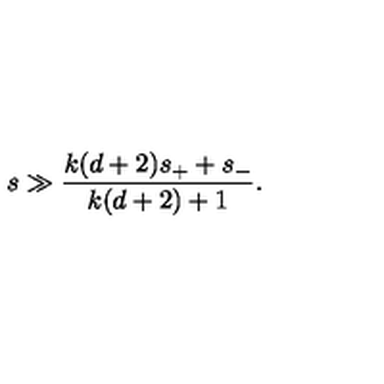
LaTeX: s \gg { \frac { k ( d + 2 ) s _ { + } + s _ { - } } { k ( d + 2 ) + 1 } } .